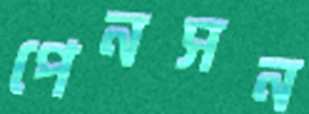
পেনসন